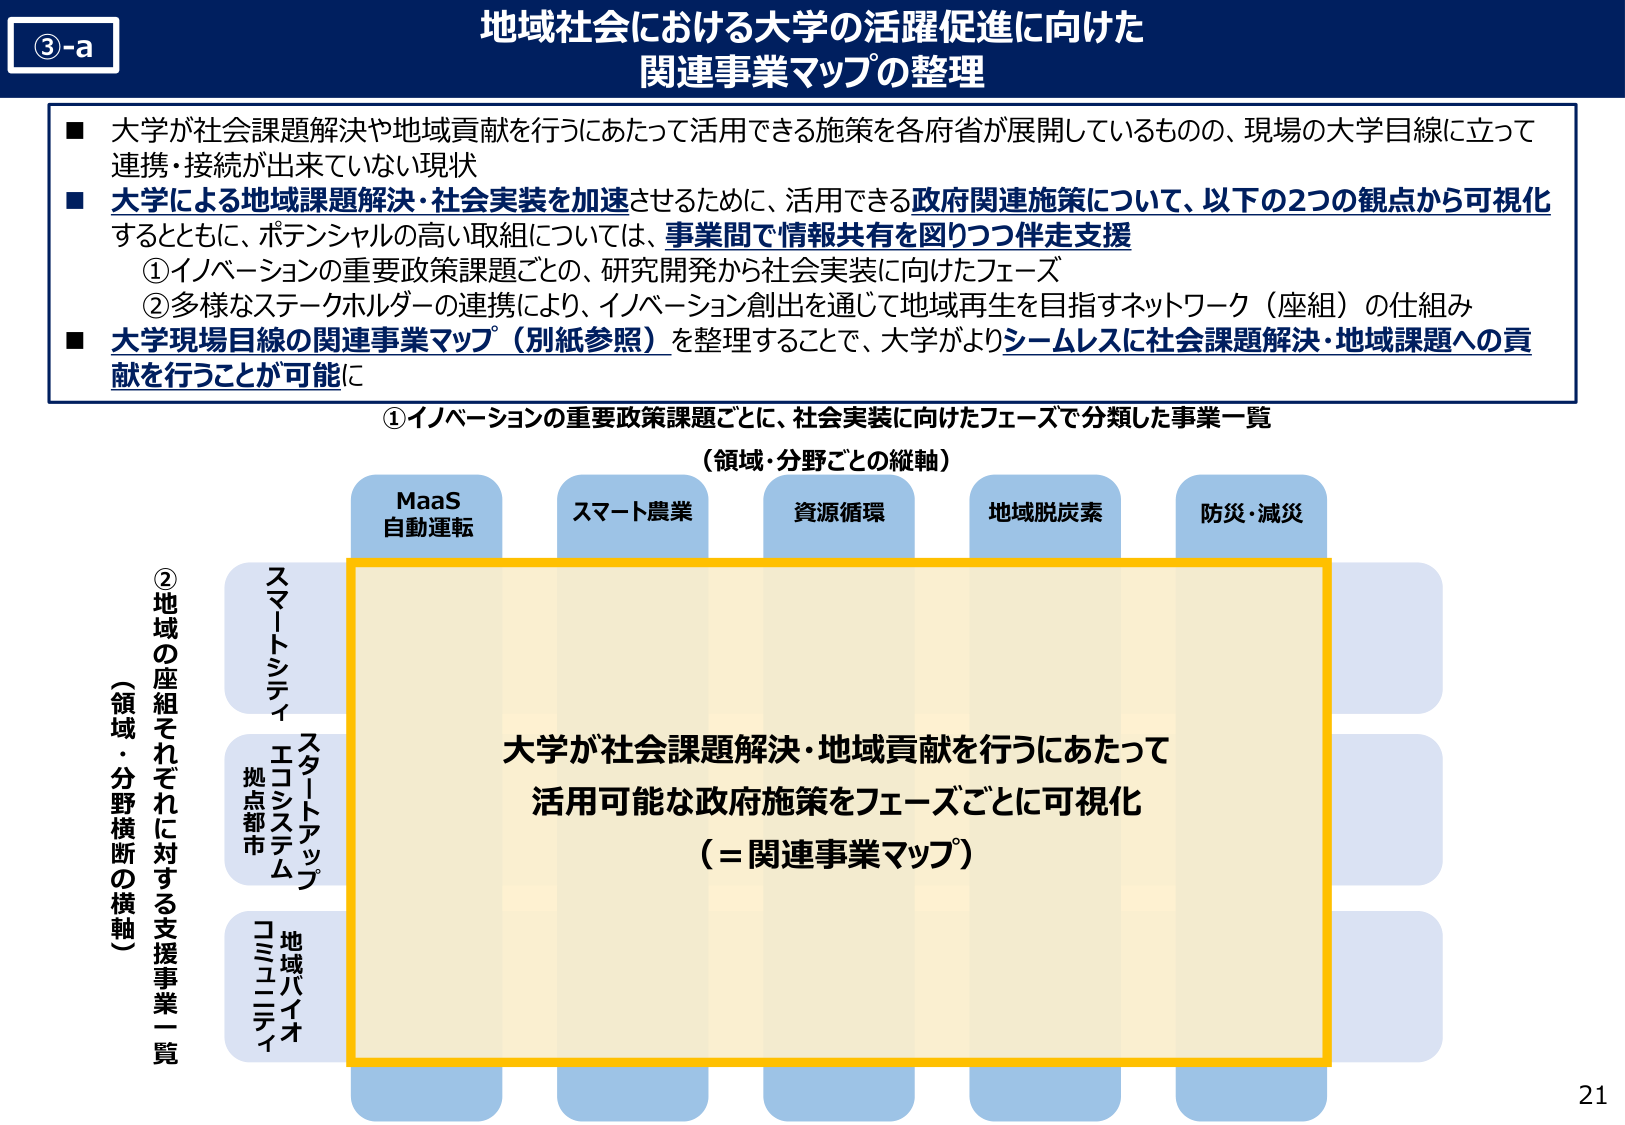
③-a
地域社会における大学の活躍促進に向けた
関連事業マップの整理

■ 大学が社会課題解決や地域貢献を行うにあたって活用できる施策を各府省が展開しているものの、現場の大学目線に立って連携・接続が出来ていない現状
■ 大学による地域課題解決・社会実装を加速させるために、活用できる政府関連施策について、以下の2つの観点から可視化するとともに、ポテンシャルの高い取組については、事業間で情報共有を図りつつ伴走支援
　①イノベーションの重要政策課題ごとの、研究開発から社会実装に向けたフェーズ
　②多様なステークホルダーの連携により、イノベーション創出を通じて地域再生を目指すネットワーク（座組）の仕組み
■ 大学現場目線の関連事業マップ（別紙参照）を整理することで、大学がよりシームレスに社会課題解決・地域課題への貢献を行うことが可能に

①イノベーションの重要政策課題ごとに、社会実装に向けたフェーズで分類した事業一覧
（領域・分野ごとの縦軸）
MaaS
自動運転
スマート農業
資源循環
地域脱炭素
防災・減災

②地域の座組それぞれに対する支援事業一覧
（領域・分野横断の横軸）
スマートシティ
スタートアップ
エコシステム
拠点都市
地域バイオ
コミュニティ

大学が社会課題解決・地域貢献を行うにあたって
活用可能な政府施策をフェーズごとに可視化
（＝関連事業マップ）

21